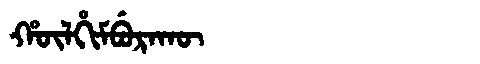
Manchu: ᡥᡡᠯᡥᡳᠮᠪᡠᡵᠠᡴᡡ
Romanization: HŪLHIMBURAKŪ